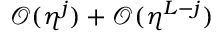
\mathcal { O } ( \eta ^ { j } ) + \mathcal { O } ( \eta ^ { L - j } )